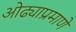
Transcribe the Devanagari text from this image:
ओढ्याप्रमाणे